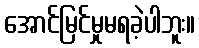
အောင်မြင်မှုမရခဲ့ပါဘူး။